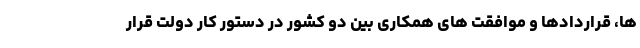
ها، قراردادها و موافقت های همکاری بین دو کشور در دستور کار دولت قرار